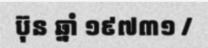
ប៊ុន ឆ្នាំ ១៩៧៣១ /